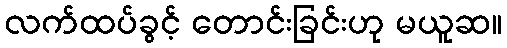
လက်ထပ်ခွင့် တောင်းခြင်းဟု မယူဆ။